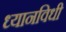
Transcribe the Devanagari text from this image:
ध्यानविधी